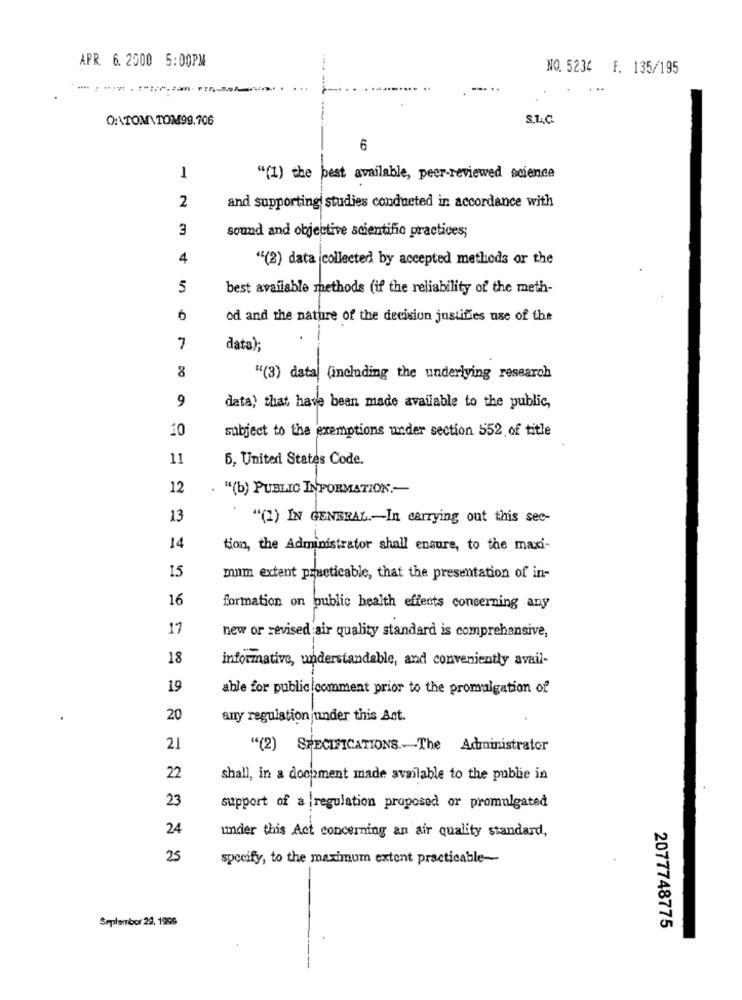
APR. 6. 2000 5:00PM
NO. 5234 F. 135/195
... ..
...
OTOM TOM99.706
S.L.C.
6
1
"(1) the best available, peer-reviewed science
2
and supporting studies conducted in accordance with
3
sound and objective scientific practices;
4
"(2) data collected by accepted methods or the
5
best available methods (if the reliability of the meth-
6
od and the nature of the decision justifies use of the
7
data);
"(3) data (including the underlying research
9
data) that have been made available to the public,
10
subject to the exemptions under section 552 of title
11
5, United States Code.
12
. "(b) PUBLIC INFORMATION ,-
13
"(2) IN GENERAL .- In carrying out this sec-
14
tion, the Administrator shall ensure, to the maxi-
15
mum extent practicable, that the presentation of in-
16
formation on public health effects concerning any
17
new or revised air quality standard is comprehensive,
18
informative, understandable, and conveniently avail-
19
able for public comment prior to the promulgation of
.
20
any regulationjunder this Act.
21
"(2) SPECIFICATIONS .- The Administrator
22
shall, in a document made available to the publie in
23
support of a regulation proposed or promulgated
24
under this Act concerning an air quality standard,
25
specify, to the maximum extent practicable-
September 29, 1956
2077748775